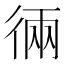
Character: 𱝰